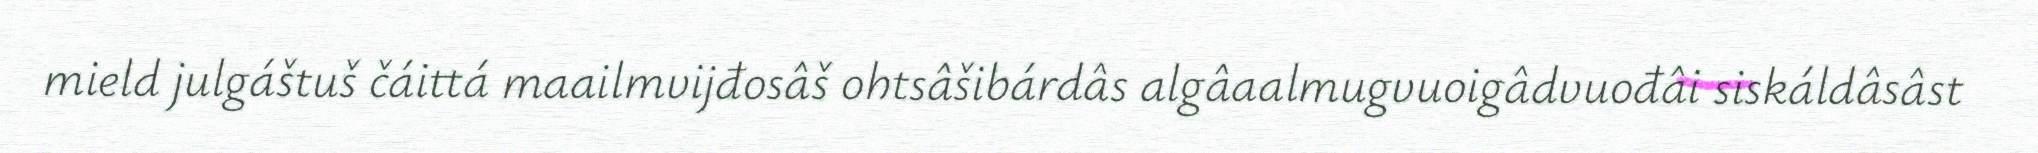
mield julgáštuš čáittá maailmvijđosâš ohtsâšibárdâs algâaalmugvuoigâdvuođâi siskáldâsâst